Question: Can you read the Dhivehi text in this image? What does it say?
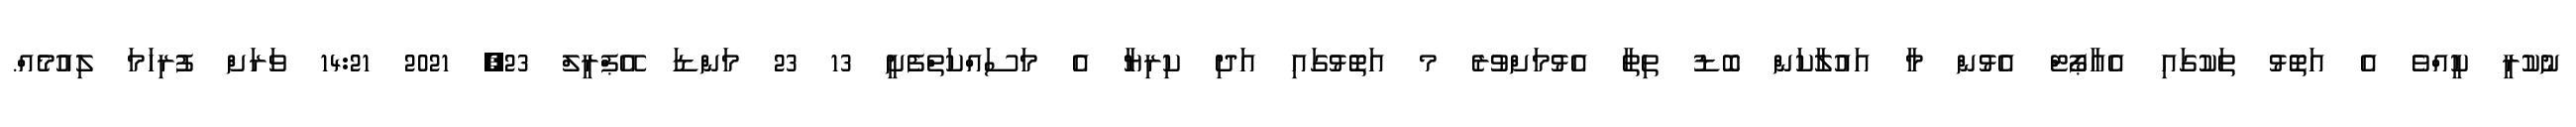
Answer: ނުކުރީ ކީއްވެ އެ އަތޮޅު ތަކުގައި އެއާޕޯޓް އެޅުން މާ އައުލާކަން ބޮޑު ތިތާ އެޅުމަށްވުރެ މ އަތޮޅުގައި އަދި ކިރިޔާ އެ މަސައްކަތްފެށީ 13 23 މަންޑަ އޭޕްރީލް 23, 2021 14:21 ވަރަށް ފުރިހަމަ ލިއުމެއް.